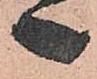
之